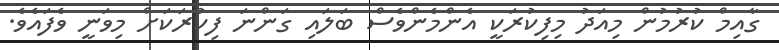
ގާއިމް ކުރުމުން މިއަދު މިފިކުރަކީ އެންމެންވެސް ބަލައި ގަންނަ ފިކުރަކަށް މިވަނީ ވެފައެވެ.